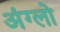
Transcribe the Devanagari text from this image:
अंग्लो